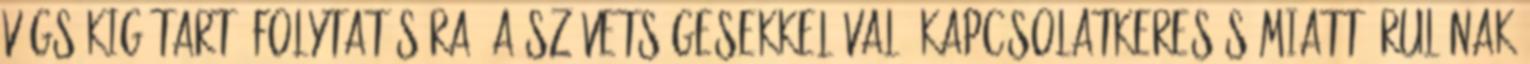
végsõkig tartó folytatására, a szövetségesekkel való kapcsolatkeresés miatt árulónak